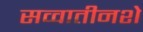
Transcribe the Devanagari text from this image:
सव्वातीनशे